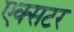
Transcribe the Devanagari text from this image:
एक्सटर